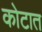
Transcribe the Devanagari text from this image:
कोटात